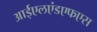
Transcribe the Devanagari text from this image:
आईएलएंडएफएस